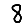
Digit: 8